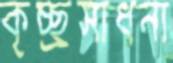
কৃচ্ছ্রসাধনা